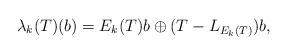
LaTeX: \begin{align*}\lambda_k(T) (b) = E_{k}(T)b \oplus (T-L_{E_k(T)})b,\end{align*}